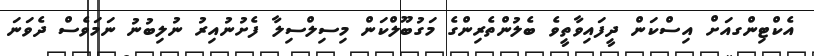
އެކްޓިންގއަށް އިސްކަން ދީފައިވާތީވެ ބެލުންތެރިންގެ މަގުބޫލްކަން މިސިލްސިލާ ފެށުނުއިރު ނުލިބުނު ނަމަވެސް ދެވަނަ